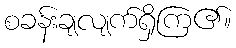
စခန်းချလျက်ရှိကြ၏။